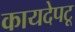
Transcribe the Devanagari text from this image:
कायदेपटू